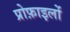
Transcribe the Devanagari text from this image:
प्रोफ़ाइलों